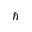
\hbar